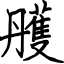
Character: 雘